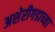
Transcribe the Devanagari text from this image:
अशेरीगडाच्या